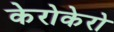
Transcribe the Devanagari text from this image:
केरोकेरो